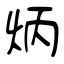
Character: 炳